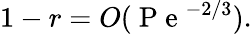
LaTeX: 1-r=O(\mathrm{~P~e~}^{-2/3}).